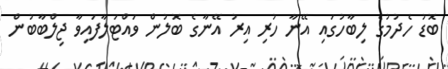
ބޮޑު ހެދުމުގެ ލިބާހުގައި އޭނާ ހުރި އިރު އޭނާގެ ބޮލުން ވައްޓަލާފައިވާ ޖިލްބާބުން